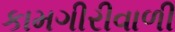
કામગીરીવાળી